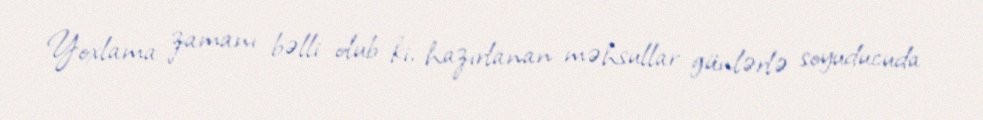
Yoxlama zamanı bəlli olub ki, hazırlanan məhsullar günlərlə soyuducuda